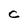
Character: c